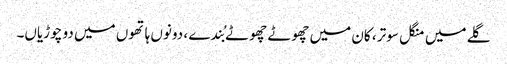
گلے میں منگل سوتر ، کان میں چھوٹے چھوٹے بُندے ، دونوں ہاتھوں میں دو چوڑیاں۔